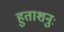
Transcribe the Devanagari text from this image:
हुताशनुः